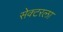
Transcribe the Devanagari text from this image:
सेक्‍टरला